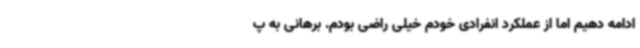
ادامه دهیم اما از عملکرد انفرادی خودم خیلی راضی بودم. برهانی به پ